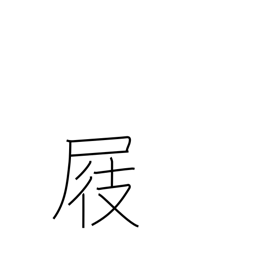
Meaning: clog